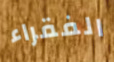
الفقراء